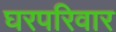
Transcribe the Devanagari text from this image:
घरपरिवार